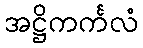
အဋ္ဌိကင်္ကလံ